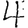
Digit: 4